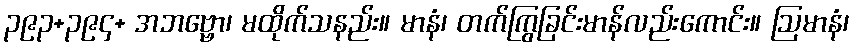
၃၉၃+၃၉၄+ အဘဗ္ဗော၊ မထိုက်သနည်း။ မာနံ၊ တက်ကြွခြင်းမာန်လည်းကောင်း။ ဩမာနံ၊